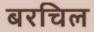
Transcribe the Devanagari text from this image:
बरचिल